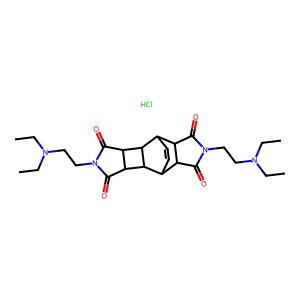
SMILES: CCN(CC)CCN1C(=O)C2C3C=CC(C2C1=O)C1C2C(=O)N(CCN(CC)CC)C(=O)C2C31.Cl
Inhibits HIV replication: No